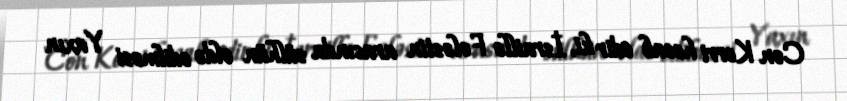
Con Kerri hesab edir ki, İsraillə Fələstin arasında sülhün əldə edilməsi Yaxın